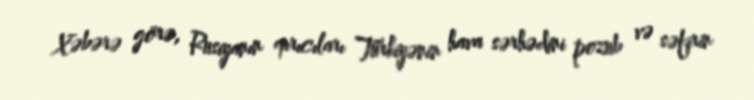
Xəbərə görə, Rusiyanın qırıcıları Türkiyənin hava sərhədini pozub və səfirin